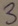
Text: 3